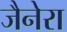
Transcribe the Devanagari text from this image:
जैनेरा